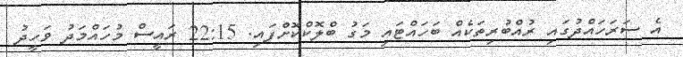
އެ ސަރަހައްދުގައި ރުއްބުރިތަކެއް ބަހައްޓައި މަގު ބްލޮކްކޮށްފައި. 22:15 ރައީސް މުހައްމަދު ވަހީދު